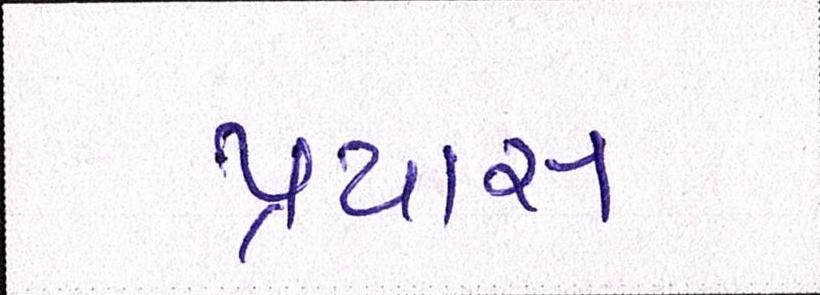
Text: પ્રયાસ